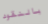
بالنقود